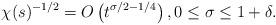
LaTeX: \begin{align*}\chi(s)^{-1/2} = O\left(t^{\sigma/2 - 1/4}\right), 0\leq \sigma\leq 1+\delta. \end{align*}